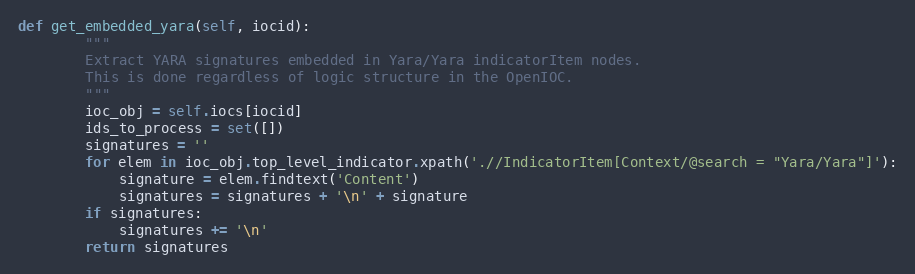
Language: Python
def get_embedded_yara(self, iocid):
        """
        Extract YARA signatures embedded in Yara/Yara indicatorItem nodes.
        This is done regardless of logic structure in the OpenIOC.
        """
        ioc_obj = self.iocs[iocid]
        ids_to_process = set([])
        signatures = ''
        for elem in ioc_obj.top_level_indicator.xpath('.//IndicatorItem[Context/@search = "Yara/Yara"]'):
            signature = elem.findtext('Content')
            signatures = signatures + '\n' + signature
        if signatures:
            signatures += '\n'
        return signatures